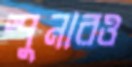
স্পুনারও